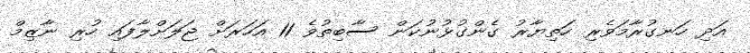
އަދި ހަނގުރާމަވެރި ހަތިޔާރު ގެންގުޅުނުކަން ސާބިތުވެ 11 އަހަރަށް ޖަލަށްލާފައި ހުރި ނާޒިމް